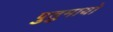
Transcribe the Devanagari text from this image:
पुतुमायो